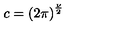
c = { \left( 2 \pi \right) } ^ { \frac { \nu } { 2 } }